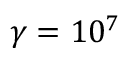
\gamma = 1 0 ^ { 7 }